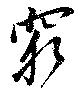
窮